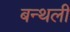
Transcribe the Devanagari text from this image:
बन्थली